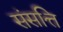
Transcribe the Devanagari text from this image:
संसत्ति